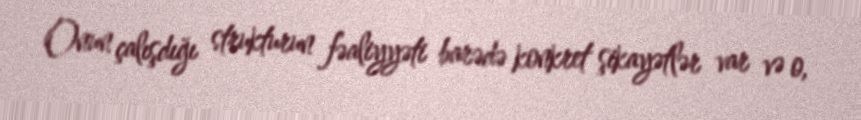
Onun çalışdığı strukturun fəaliyyəti barədə konkret şikayətlər var və o,